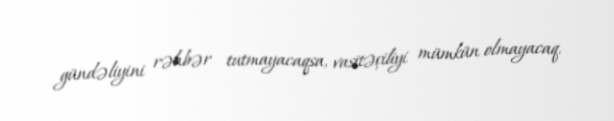
gündəliyini rəhbər tutmayacaqsa, vasitəçiliyi mümkün olmayacaq.